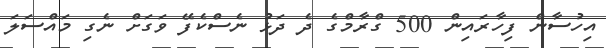
އިހުސާން ފިހާރައިން 500 ގްރާމްގެ ދެ ދަޅު ނެސްކެފޭ ވަގަށް ނެގި މައްސަލަ